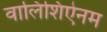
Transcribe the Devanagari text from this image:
वालिशिऐनम